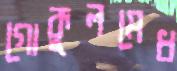
গোকুলমেধ